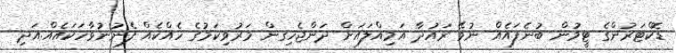
ޑޮކްޓަރުންގެ ޓީމުން ބުނެފައެއް ނުވޭ ރައުދާ އަމިއްލައަށް ދަންޖެހިގން މަރުވިކަމުގެ ހެއްކެއް ފެނުނުވާހަކައެއް.އަދި